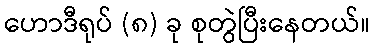
ဟောဒီရုပ် (၈) ခု စုတွဲပြီးနေတယ်။